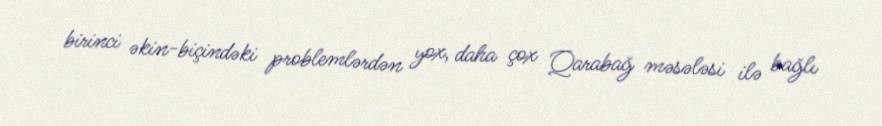
birinci əkin-biçindəki problemlərdən yox, daha çox Qarabağ məsələsi ilə bağlı